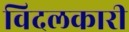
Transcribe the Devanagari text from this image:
विदलकारी